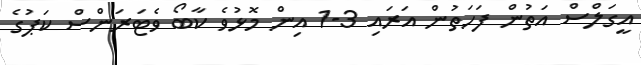
އީގަލްސް އަތުން ފަހަތުން އަރައި 3-1 އިން މޮޅުވެ ކާބޯ ވެޓަރަންސް ކަޕުގެ